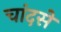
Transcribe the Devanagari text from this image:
चांदसे